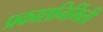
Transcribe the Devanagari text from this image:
प्रकाशनिर्मिती